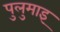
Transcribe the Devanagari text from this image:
पुलुमाइ